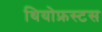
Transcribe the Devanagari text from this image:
थियोफ्रस्टस